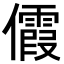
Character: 𪝺